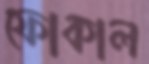
ফোকাল